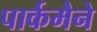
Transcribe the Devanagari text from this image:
पार्कमैने